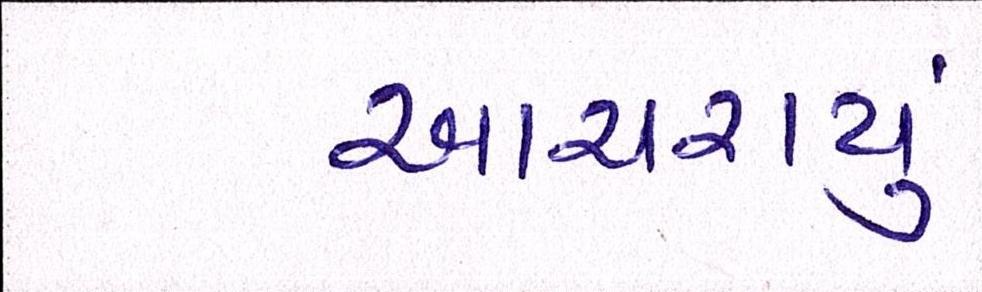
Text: આચરાયું